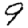
Digit: 9